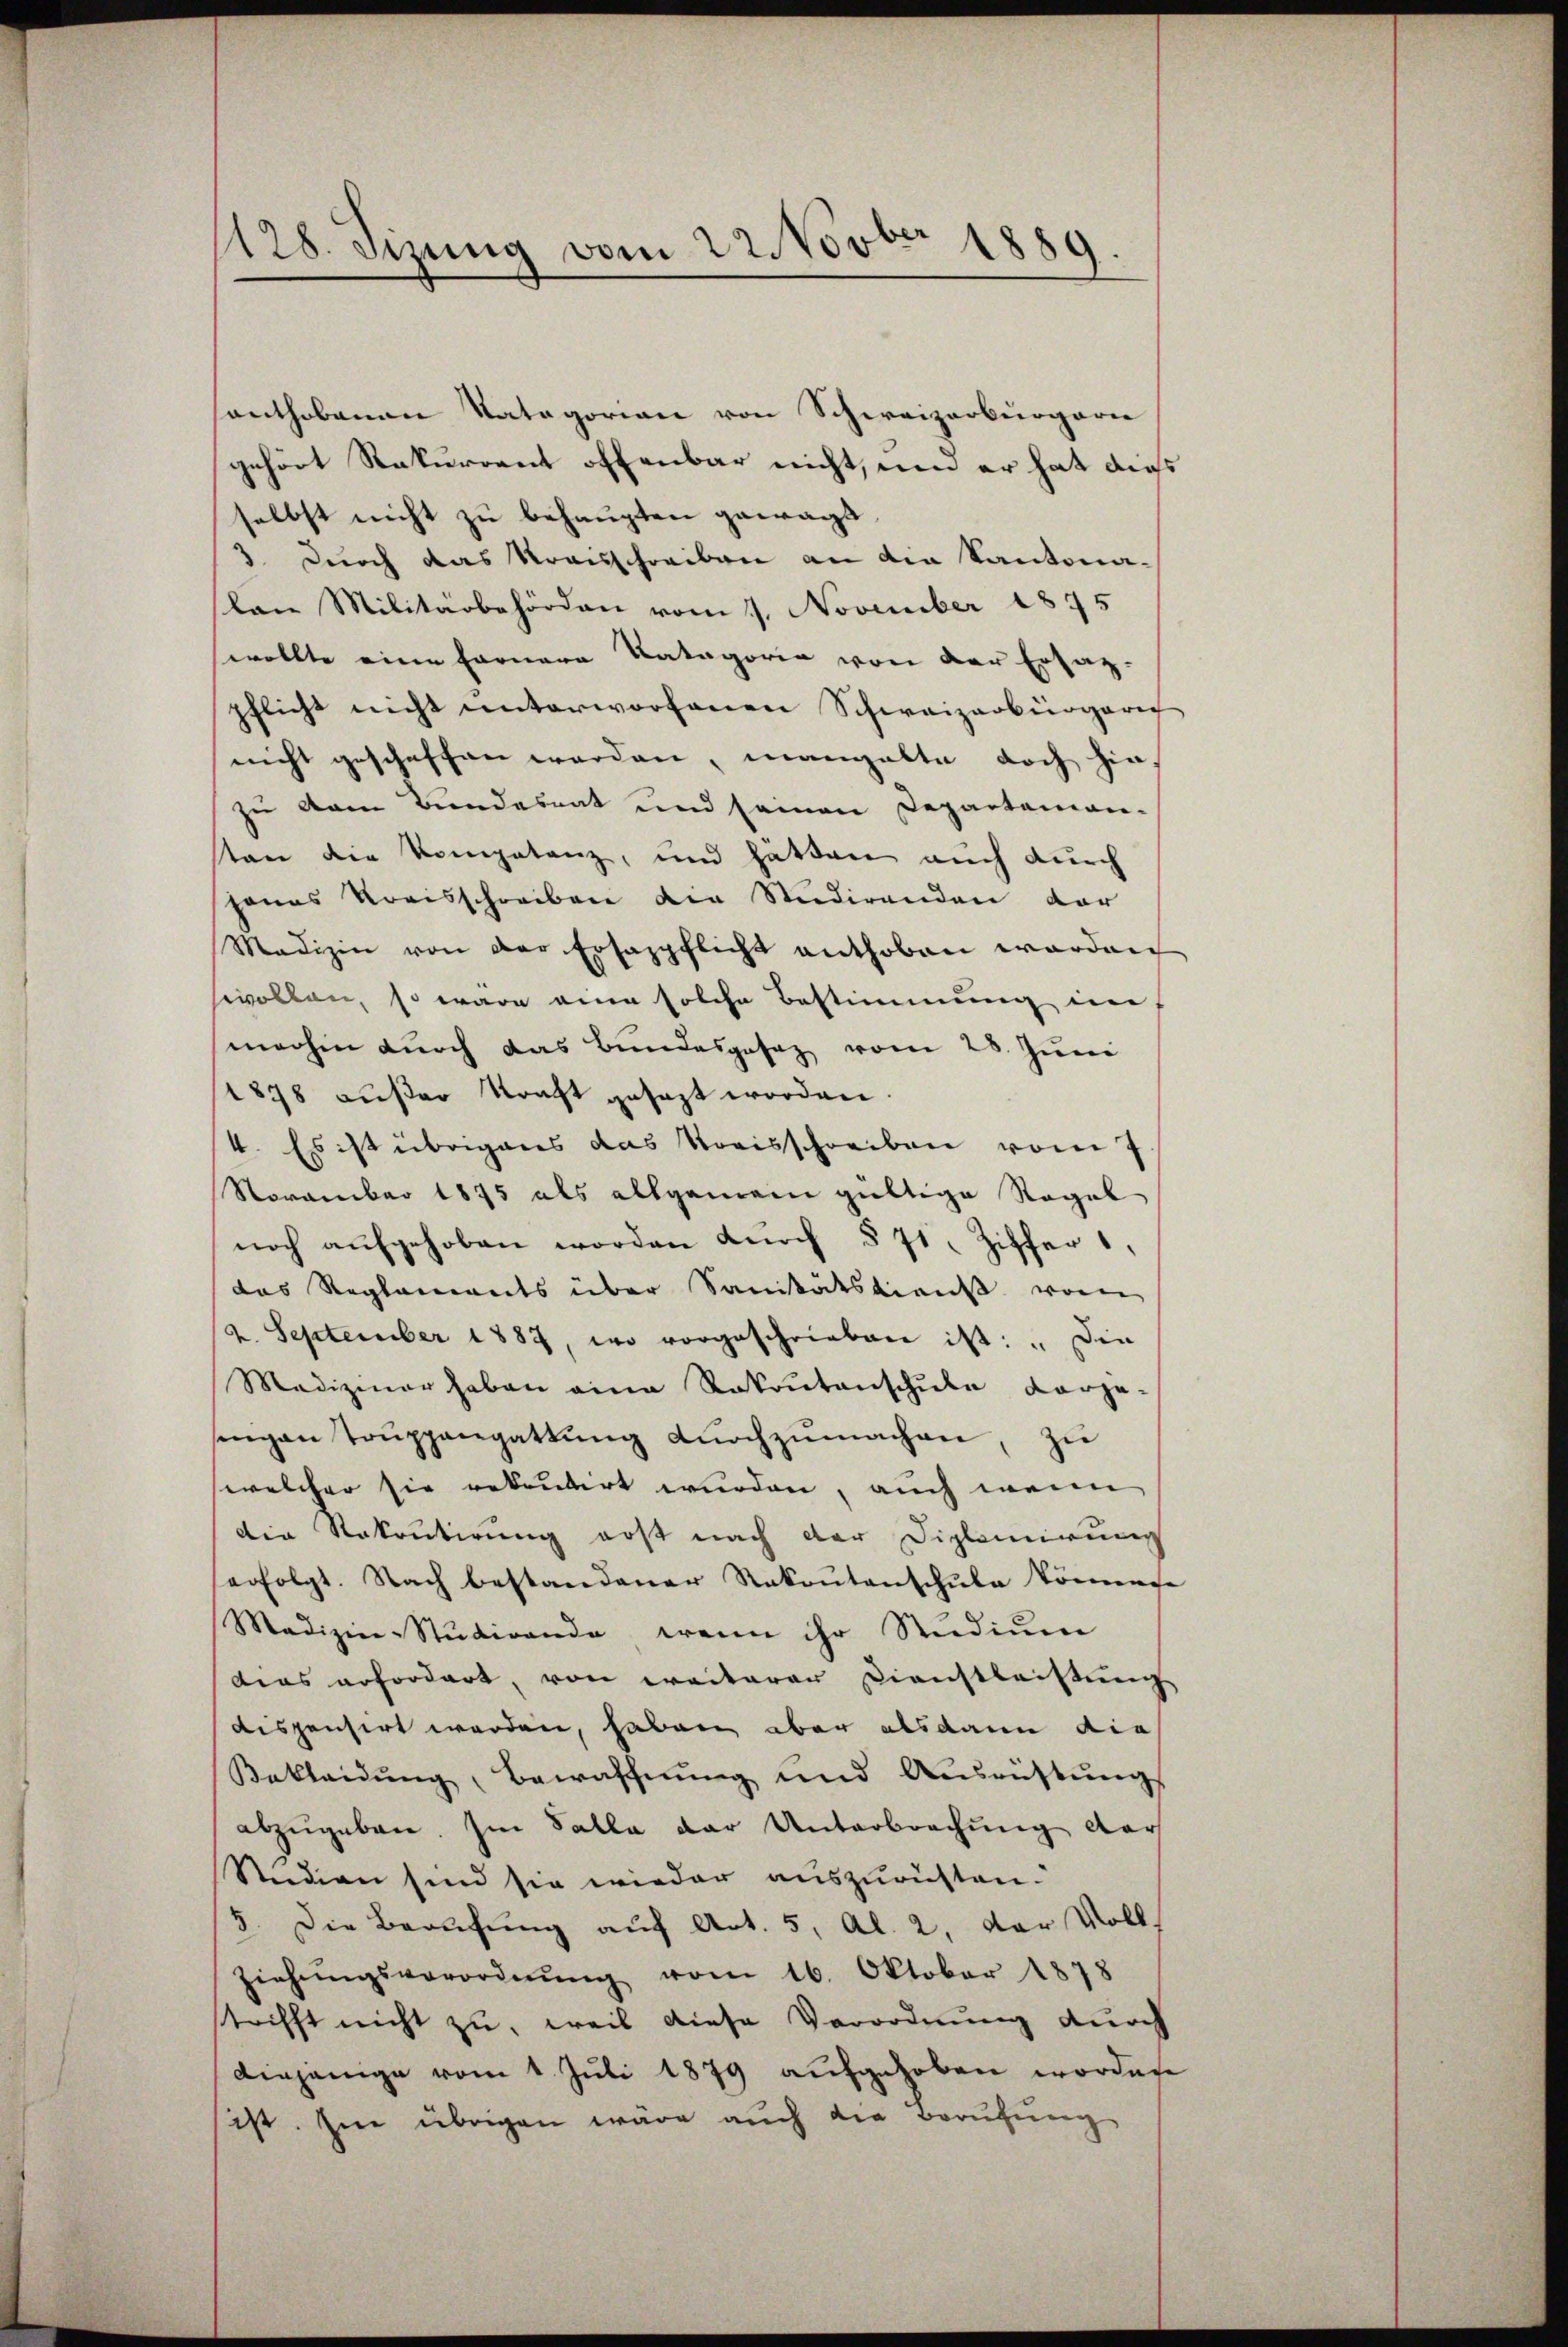
1128. Sizung vom 22. Novber 1886
.
2

santhobenen Natagorien von Schweizerbürgern
gehört Rekurrent offenbar nicht, und er hat dies
selbst nicht zu behaupten gewagt,
3. Durch das Kraisschreiben an die Kantonalen Militärbehörden vom 1. November 1875
wollte eine Farnere Katagorie von der Ersaz-
pflicht nicht unterworfenen Schweizerbürgeric
nicht geschaffen werden, mangalte doch hinzu vom Bundesrat und seinen Departaman-
sten die Kompetenz, und hätten auch durch
panas Kreisschreiben die Studirenden dar
Madizin von der Ersazpflicht enthoben worden
svollen, so wäre eine solche Bestimmung im
merhin durch das Bundesgesez vom 28. Juni
1878 außer Kraft gesezt worden.
4. Es ist übrigens das Kreisschreiben vom 7
November 1875 als allgemein gültige Regal
noch aŭfgehoben worden dŭrch § 71 Ziffer
das Reglements über Sanitätsdienst vom
2. September 1887, wo vorgeschrieben ist: „Die
Mediziner haben eine Rakoŭtanschŭle Carge-
sengen Toŭppengattŭng dŭrchzŭmachen, zŭ
welcher sie rekrutirt wurden, auch wenn
die Rekrutirung erst nach der Diplomirung
serfolgt. Nach bestandener Rekoŭtanschŭle könne
Madizin-Studirende wenn ihr Studium
dias erfordert, von weiteren Dienstleistung
dispensirt werden, haben aber alsdann die
Bekleidŭng, Bewaschnŭng und Ausrüstŭngs
abzugeben. Im Falle der Unterbrechung der
Studien sind sie wieder auszurüsten.
5. Die Berufung auf Art. 5, Al. 2, der Voll.
ziehŭngsverordnŭng vom 16. Oktober 1878
strifft nicht zu, weil diese Verordnung durch
einjenige vom 1. Juli 1879 aufgehoben worden
ist. Im übrigen wäre auch die Berufung